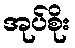
အုပ်စိုး